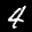
Label: 4